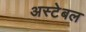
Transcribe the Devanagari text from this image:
अस्टेबल